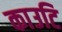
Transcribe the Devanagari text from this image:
काउटि